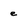
Character: e